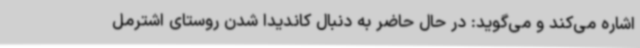
اشاره می‌کند و می‌گوید: در حال حاضر به دنبال کاندیدا شدن روستای اشترمل